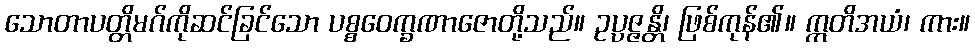
သောတာပတ္တိမဂ်ကိုဆင်ခြင်သော ပစ္စဝေက္ခဏာဇောတို့သည်။ ဥပ္ပဇ္ဇန္တိ၊ ဖြစ်ကုန်၏။ ဣတိအယံ၊ ကား။